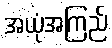
အယုံအကြည်